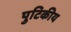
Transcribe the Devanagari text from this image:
पुटिकीय